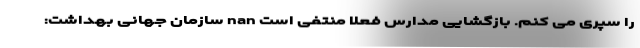
را سپری می کنم. بازگشایی مدارس فعلا منتفی است nan سازمان جهانی بهداشت: